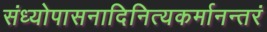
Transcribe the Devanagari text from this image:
संध्योपासनादिनित्यकर्मानन्तरं